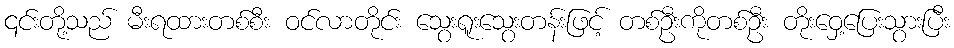
၎င်းတို့သည် မီးရထားတစ်စီး ဝင်လာတိုင်း သွေးရူးသွေးတန်းဖြင့် တစ်ဦးကိုတစ်ဦး တိုးဝှေ့ပြေးသွားပြီး